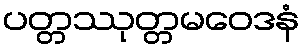
ပတ္တဿုတ္တမဝေဒနံ